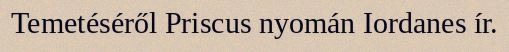
Temetéséről Priscus nyomán Iordanes ír.